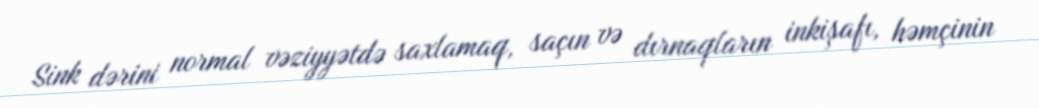
Sink dərini normal vəziyyətdə saxlamaq, saçın və dırnaqların inkişafı, həmçinin